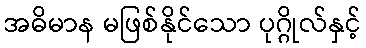
အဓိမာန မဖြစ်နိုင်သော ပုဂ္ဂိုလ်နှင့်